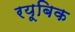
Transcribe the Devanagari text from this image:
रयूबिक